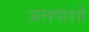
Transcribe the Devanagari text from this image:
जलपाशों